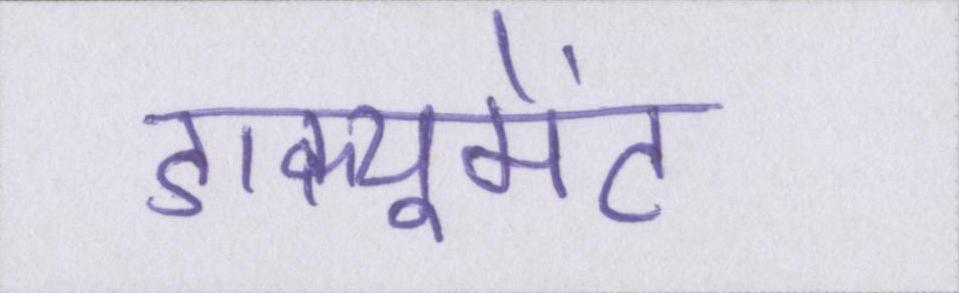
डाक्यूमेंट